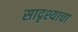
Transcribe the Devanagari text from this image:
सादृश्याचा